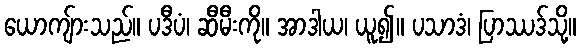
ယောကျ်ားသည်။ ပဒီပံ၊ ဆီမီးကို။ အာဒါယ၊ ယူ၍။ ပသာဒံ၊ ပြာဿဒ်သို့။